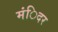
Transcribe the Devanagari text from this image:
मंिदर